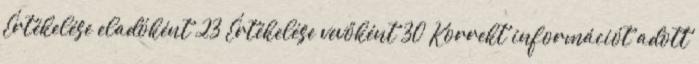
Értékelése eladóként 23 Értékelése vevőként 30 Korrekt információt adott